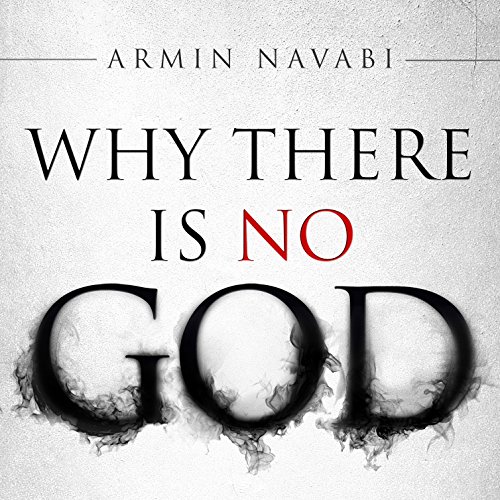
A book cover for Why There Is No God: Simple Responses to 20 Common Arguments for the Existence of God; Armin Navabi; Politics & Social Sciences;